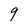
Character: 9